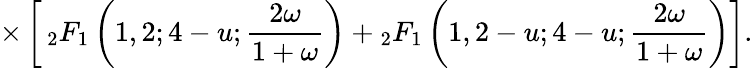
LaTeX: \times\left[\, _{2}F_{1}\left(1,2;4-u;\frac{2\omega}{1+\omega}\right)+{}_{2}F_{1}\left(1,2-u;4-u;\frac{2\omega}{1+\omega}\right)\right].